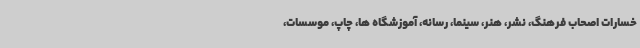
خسارات اصحاب فرهنگ، نشر، هنر، سینما، رسانه، آموزشگاه ها، چاپ، موسسات،